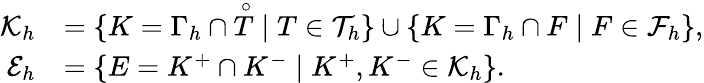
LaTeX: \begin{array}{rl}{\mathcal{K}_{h}}&{=\{ K=\Gamma_{h}\cap\overset{\circ}{T}\mid T\in\mathcal{T}_{h}\} \cup\{ K=\Gamma_{h}\cap F\mid F\in\mathcal{F}_{h}\} ,}\\ {\mathcal{E}_{h}}&{=\{ E=K^{+}\cap K^{-}\mid K^{+},K^{-}\in\mathcal{K}_{h}\} .}\end{array}